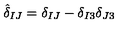
{ \hat { \delta } } _ { I J } = \delta _ { I J } - \delta _ { I 3 } \delta _ { J 3 }